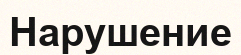
Нарушение